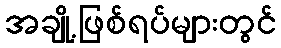
အချို့ဖြစ်ရပ်များတွင်